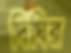
দিঘির